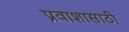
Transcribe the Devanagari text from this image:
प्रवाशासाठी